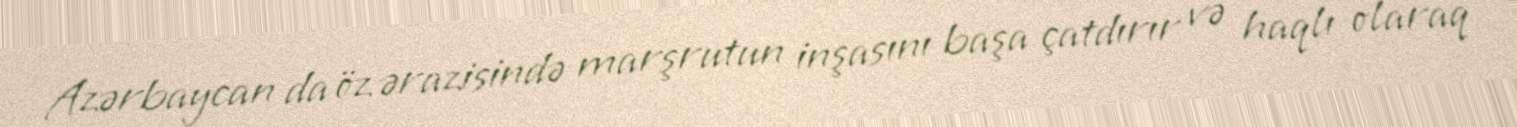
Azərbaycan da öz ərazisində marşrutun inşasını başa çatdırır və haqlı olaraq